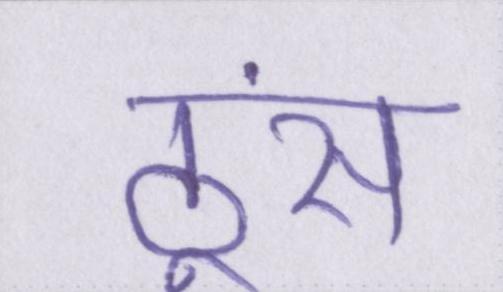
ठूंस